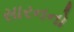
સારનનો